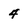
Character: 4